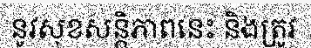
នូវសុខសន្តិភាពនេះ និងត្រូវ